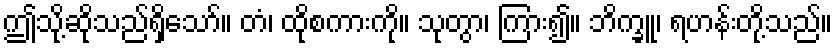
ဤသို့ဆိုသည်ရှိသော်။ တံ၊ ထိုစကားကို။ သုတွာ၊ ကြား၍။ ဘိက္ခူ၊ ရဟန်းတို့သည်။